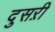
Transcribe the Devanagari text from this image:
दुसऱी